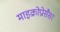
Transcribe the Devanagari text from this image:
माइक्रोप्रोसैसर